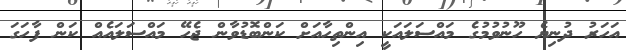
އަހަރު ދުނިޔެ ހޫނުވުމުގެ މައްސަލައަކީ އިންތިހާއަށް ކަންބޮޑުވާން ޖެހޭ މައްސަލައެއް ކަން ފާހަގަ